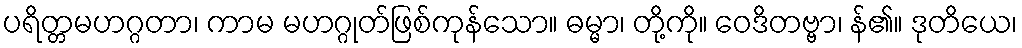
ပရိတ္တမဟဂ္ဂတာ၊ ကာမ မဟဂ္ဂုတ်ဖြစ်ကုန်သော။ ဓမ္မာ၊ တို့ကို။ ဝေဒိတဗ္ဗာ၊ န်၏။ ဒုတိယေ၊